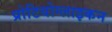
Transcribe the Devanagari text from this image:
प्रोटियोग्लाइकन